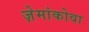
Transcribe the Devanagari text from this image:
ज़ेमांकोवा